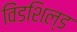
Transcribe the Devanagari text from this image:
विंडशिल्ड